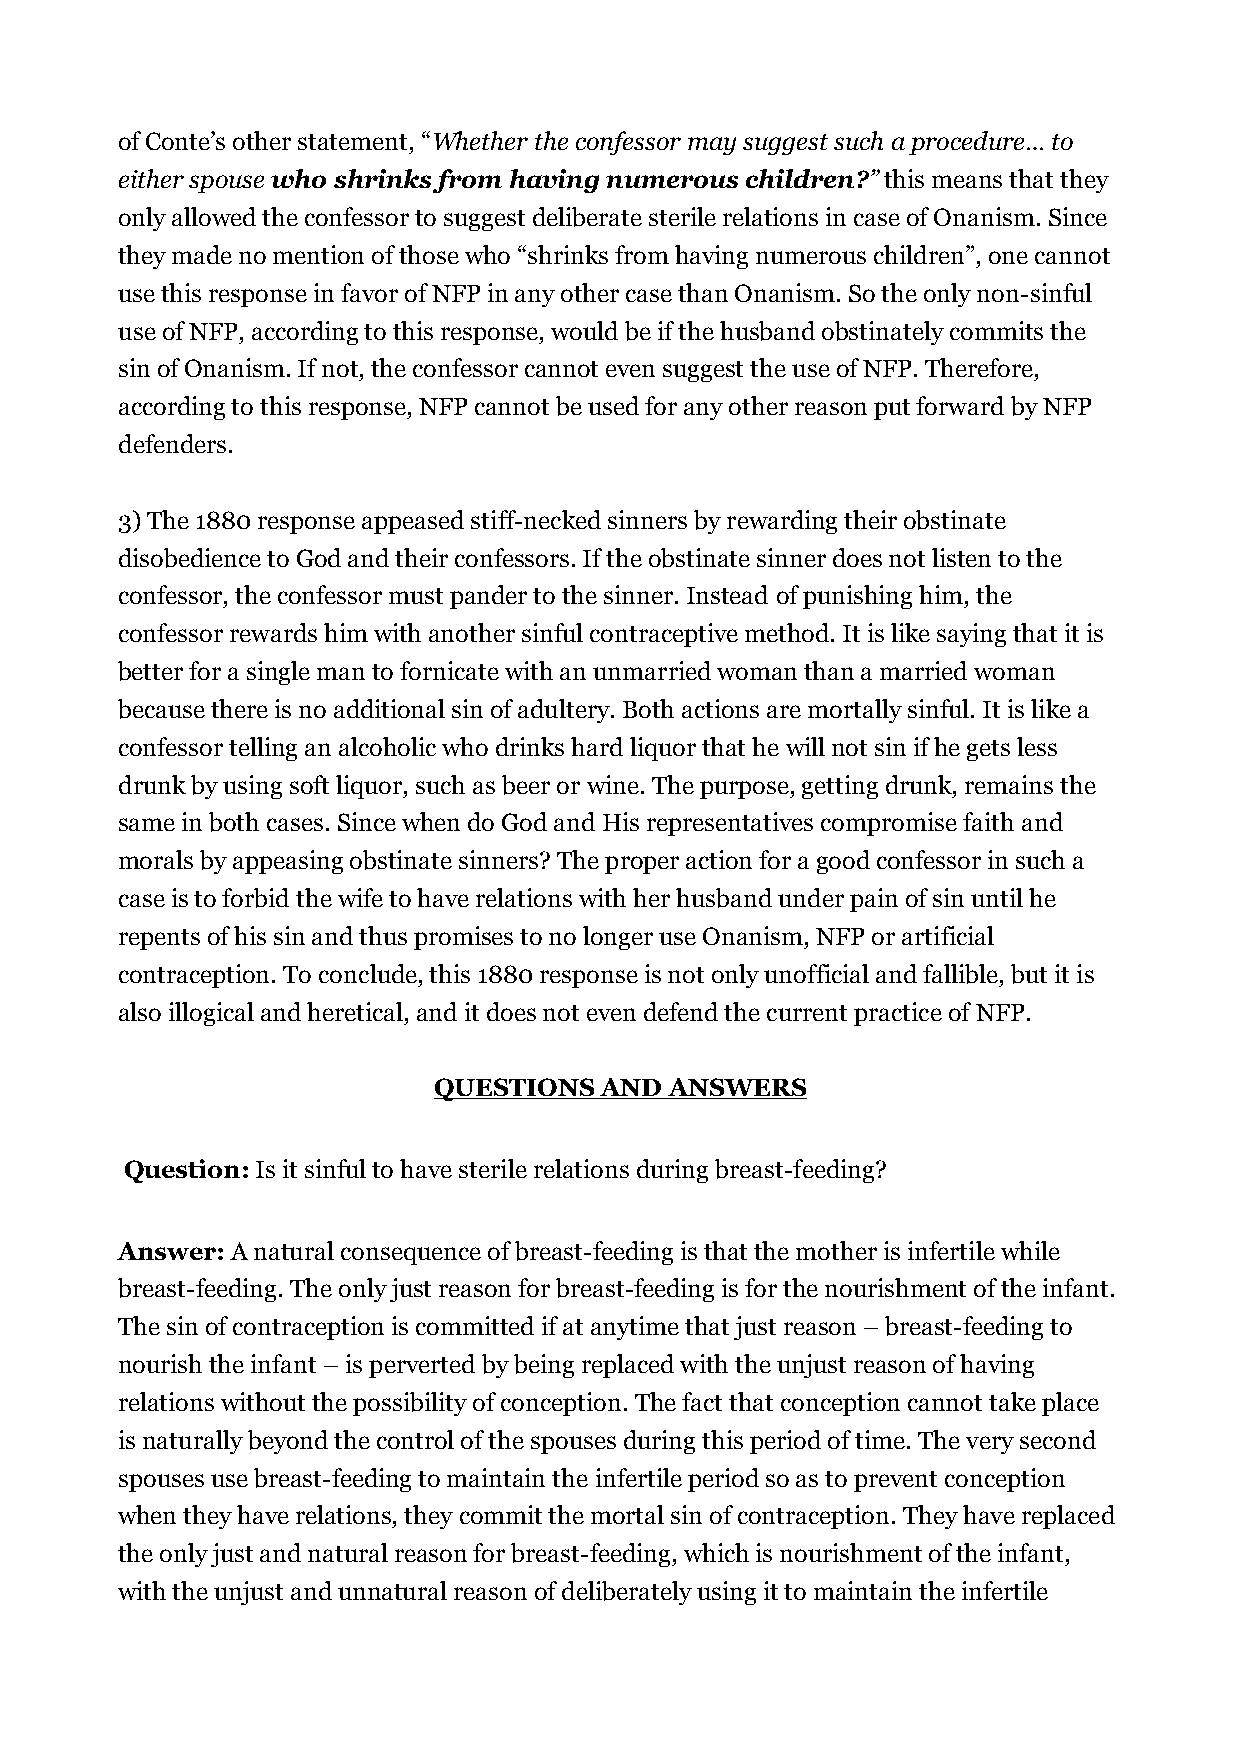
of Conte’s other statement, “Whether the confessor may suggest such a procedure… to
 either spouse who shrinks from having numerous children?” this means that they
 only allowed the confessor to suggest deliberate sterile relations in case of Onanism. Since
 they made no mention of those who “shrinks from having numerous children”, one cannot
 use this response in favor of NFP in any other case than Onanism. So the only non-sinful
 use of NFP, according to this response, would be if the husband obstinately commits the
 sin of Onanism. If not, the confessor cannot even suggest the use of NFP. Therefore,
 according to this response, NFP cannot be used for any other reason put forward by NFP
 defenders.
 3) The 1880 response appeased stiff-necked sinners by rewarding their obstinate
 disobedience to God and their confessors. If the obstinate sinner does not listen to the
 confessor, the confessor must pander to the sinner. Instead of punishing him, the
 confessor rewards him with another sinful contraceptive method. It is like saying that it is
 better for a single man to fornicate with an unmarried woman than a married woman
 because there is no additional sin of adultery. Both actions are mortally sinful. It is like a
 confessor telling an alcoholic who drinks hard liquor that he will not sin if he gets less
 drunk by using soft liquor, such as beer or wine. The purpose, getting drunk, remains the
 same in both cases. Since when do God and His representatives compromise faith and
 morals by appeasing obstinate sinners? The proper action for a good confessor in such a
 case is to forbid the wife to have relations with her husband under pain of sin until he
 repents of his sin and thus promises to no longer use Onanism, NFP or artificial
 contraception. To conclude, this 1880 response is not only unofficial and fallible, but it is
 also illogical and heretical, and it does not even defend the current practice of NFP.
 QUESTIONS  AND ANSWERS
 Question: Is it sinful to have sterile relations during breast-feeding?
 Answer: A natural consequence of breast-feeding is that the mother is infertile while
 breast-feeding. The only just reason for breast-feeding is for the nourishment of the infant.
 The sin of contraception is committed if at anytime that just reason – breast-feeding to
 nourish the infant – is perverted by being replaced with the unjust reason of having
 relations without the possibility of conception. The fact that conception cannot take place
 is naturally beyond the control of the spouses during this period of time. The very second
 spouses use breast-feeding to maintain the infertile period so as to prevent conception
 when they have relations, they commit the mortal sin of contraception. They have replaced
 the only just and natural reason for breast-feeding, which is nourishment of the infant,
 with the unjust and unnatural reason of deliberately using it to maintain the infertile